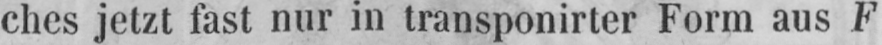
ches jetzt fast nur in transponirter Form aus F